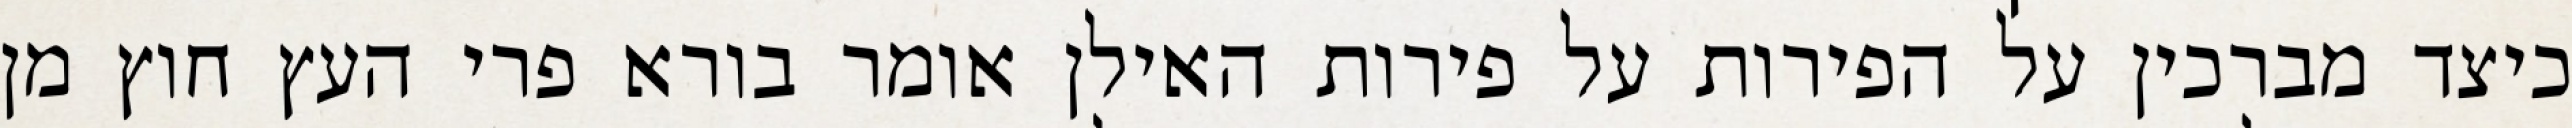
כיצד מברכין על הפירות על פירות האילן אומר בורא פרי העץ חוץ מן